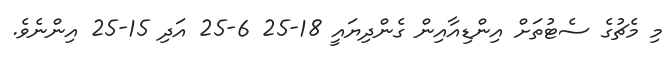
މި މެޗުގެ ސެޓުތަށް އިންޑިއާއިން ގެންދިޔައީ 18-25 6-25 އަދި 15-25 އިންނެވެ.